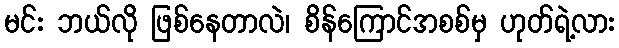
မင်း ဘယ်လို ဖြစ်နေတာလဲ၊ စိန်ကြောင်အစစ်မှ ဟုတ်ရဲ့လား